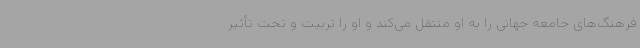
فرهنگ‌های جامعه جهانی را به او منتقل می‌کند و او را تربیت و تحت تأثیر